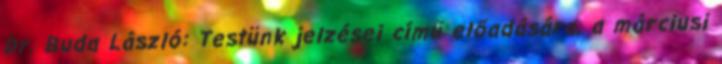
Dr. Buda László: Testünk jelzései című előadására, a márciusi